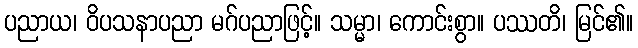
ပညာယ၊ ဝိပသနာပညာ မဂ်ပညာဖြင့်။ သမ္မာ၊ ကောင်းစွာ။ ပဿတိ၊ မြင်၏။